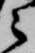
之